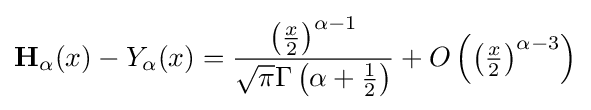
\mathbf {H} _{\alpha }(x)-Y_{\alpha }(x)={\frac {\left({\frac {x}{2}}\right)^{\alpha -1}}{{\sqrt {\pi }}\Gamma \left(\alpha +{\frac {1}{2}}\right)}}+O\left(\left({\tfrac {x}{2}}\right)^{\alpha -3}\right)